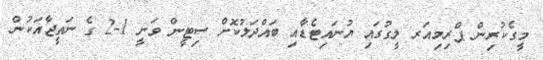
މީގެކުރިން ޕްރިމިއަރ ލީގުގައި ޔުނައިޓެޑާއި ބައްދަލުކޮށް ސިޓީން ވަނީ 1-2 ގެ ނަތީޖާއަކުން